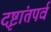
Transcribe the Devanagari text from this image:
दृष्टांतपर्व